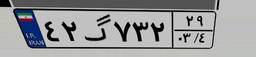
۴۲گ۷۳۲۲۹